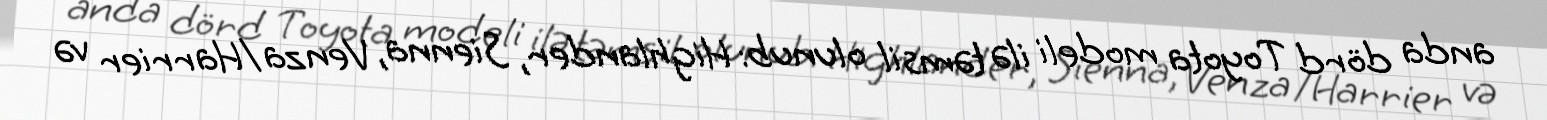
anda dörd Toyota modeli ilə təmsil olunub: Highlander, Sienna, Venza/Harrier və